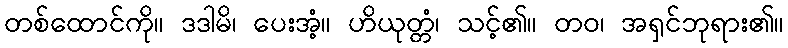
တစ်ထောင်ကို။ ဒဒါမိ၊ ပေးအံ့။ ဟိယုတ္တံ၊ သင့်၏။ တဝ၊ အရှင်ဘုရား၏။